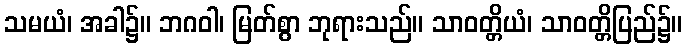
သမယံ၊ အခါ၌။ ဘဂဝါ၊ မြတ်စွာ ဘုရားသည်။ သာဝတ္တိယံ၊ သာဝတ္တိပြည်၌။